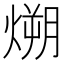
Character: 𪹛